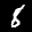
Label: 8